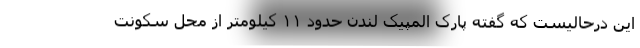
این درحالیست که گفته پارک المپیک لندن حدود ۱۱ کیلومتر از محل سکونت